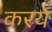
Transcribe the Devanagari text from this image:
करये